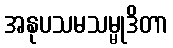
အနုပသမသမ္မုဒိတာ